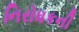
નિરોધકની